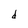
Character: d